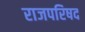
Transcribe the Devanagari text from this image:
राजपरिषद